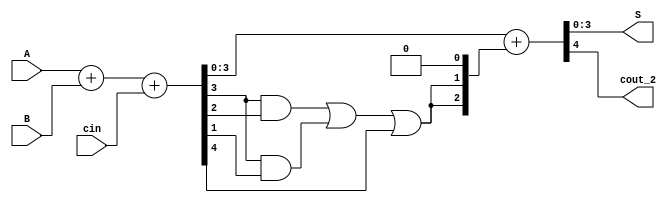
module BCDA(A,B,cin,S,cout_2);
input [3:0]A,B;
input cin;
wire [3:0]Z,temp;
wire y,cout;
output[3:0]S;
output  cout_2;

assign {y,Z}=A+B+cin;
assign cout= (Z[3]&&Z[2])||(Z[3]&&Z[1])||(y);


assign temp[0]=0;
assign temp[1]=cout;
assign temp[2]=cout;
assign temp[3]=0;
assign {cout_2,S}=Z+temp;

endmodule